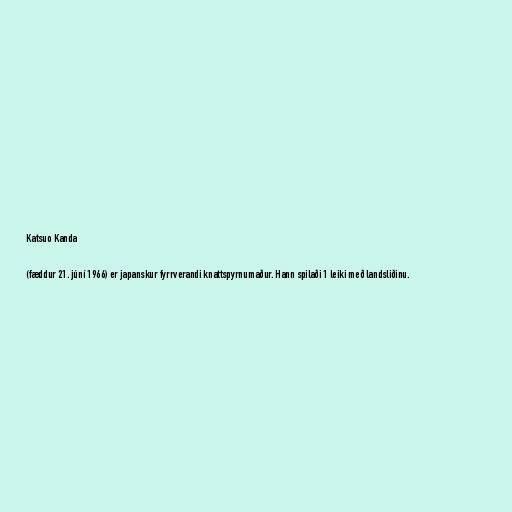
Katsuo Kanda

(fæddur 21. júní 1966) er japanskur fyrrverandi knattspyrnumaður. Hann spilaði 1 leiki með landsliðinu.